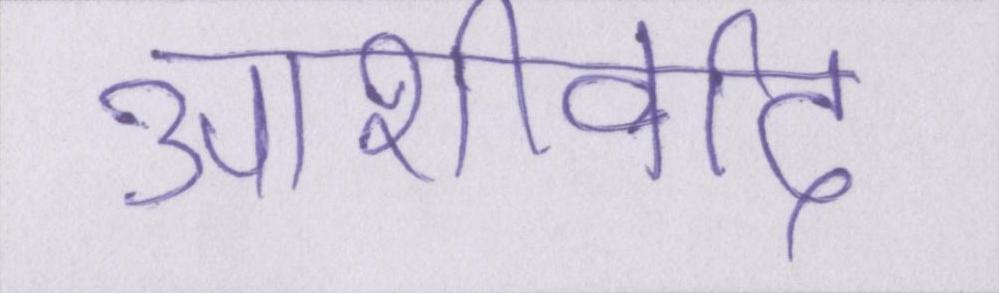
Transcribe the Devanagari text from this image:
आशीर्वाद